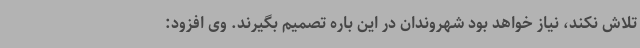
تلاش نکند، نیاز خواهد بود شهروندان در این باره تصمیم بگیرند. وی افزود: